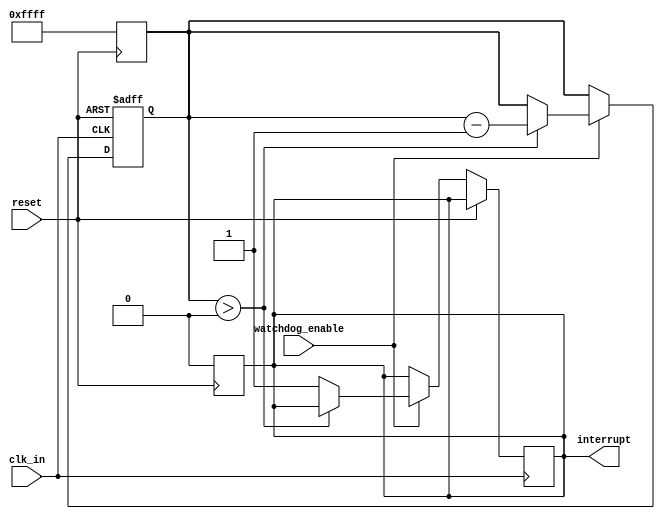
module Watchdog_timer (
    input wire clk_in,
    input wire reset,
    input wire watchdog_enable,
    output reg interrupt
);

reg [15:0] countdown;

always @(posedge clk_in or posedge reset) begin
    if (reset) begin
        countdown <= 16'b1111111111111111; // Initialize with predefined value
    end else if (watchdog_enable) begin
        if (countdown > 0) begin
            countdown <= countdown - 1;
        end else begin
            interrupt <= 1; // generate interrupt signal
        end
    end
end

always @(posedge reset) begin
    if (reset) begin
        countdown <= 16'b1111111111111111; // Reset the timer
        interrupt <= 0; // Clear interrupt signal
    end
end

endmodule